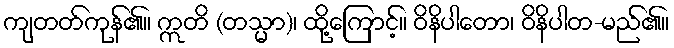
ကျတတ်ကုန်၏။ ဣတိ (တသ္မာ)၊ ထို့ကြောင့်။ ဝိနိပါတော၊ ဝိနိပါတ-မည်၏။